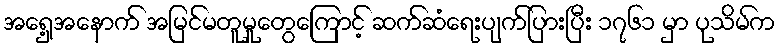
အရှေ့အနောက် အမြင်မတူမှုတွေကြောင့် ဆက်ဆံရေးပျက်ပြားပြီး ၁၇၆၁ မှာ ပုသိမ်က